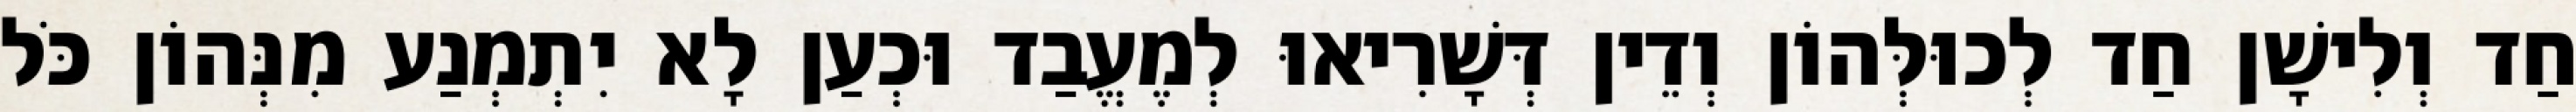
חַד וְלִישָׁן חַד לְכוּלְּהוֹן וְדֵין דְּשָׁרִיאוּ לְמֶעֱבַד וּכְעַן לָא יִתְמְנַע מִנְּהוֹן כֹּל